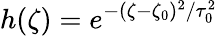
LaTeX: h(\zeta)=e^{-(\zeta-\zeta_{0})^{2}/\tau_{0}^{2}}